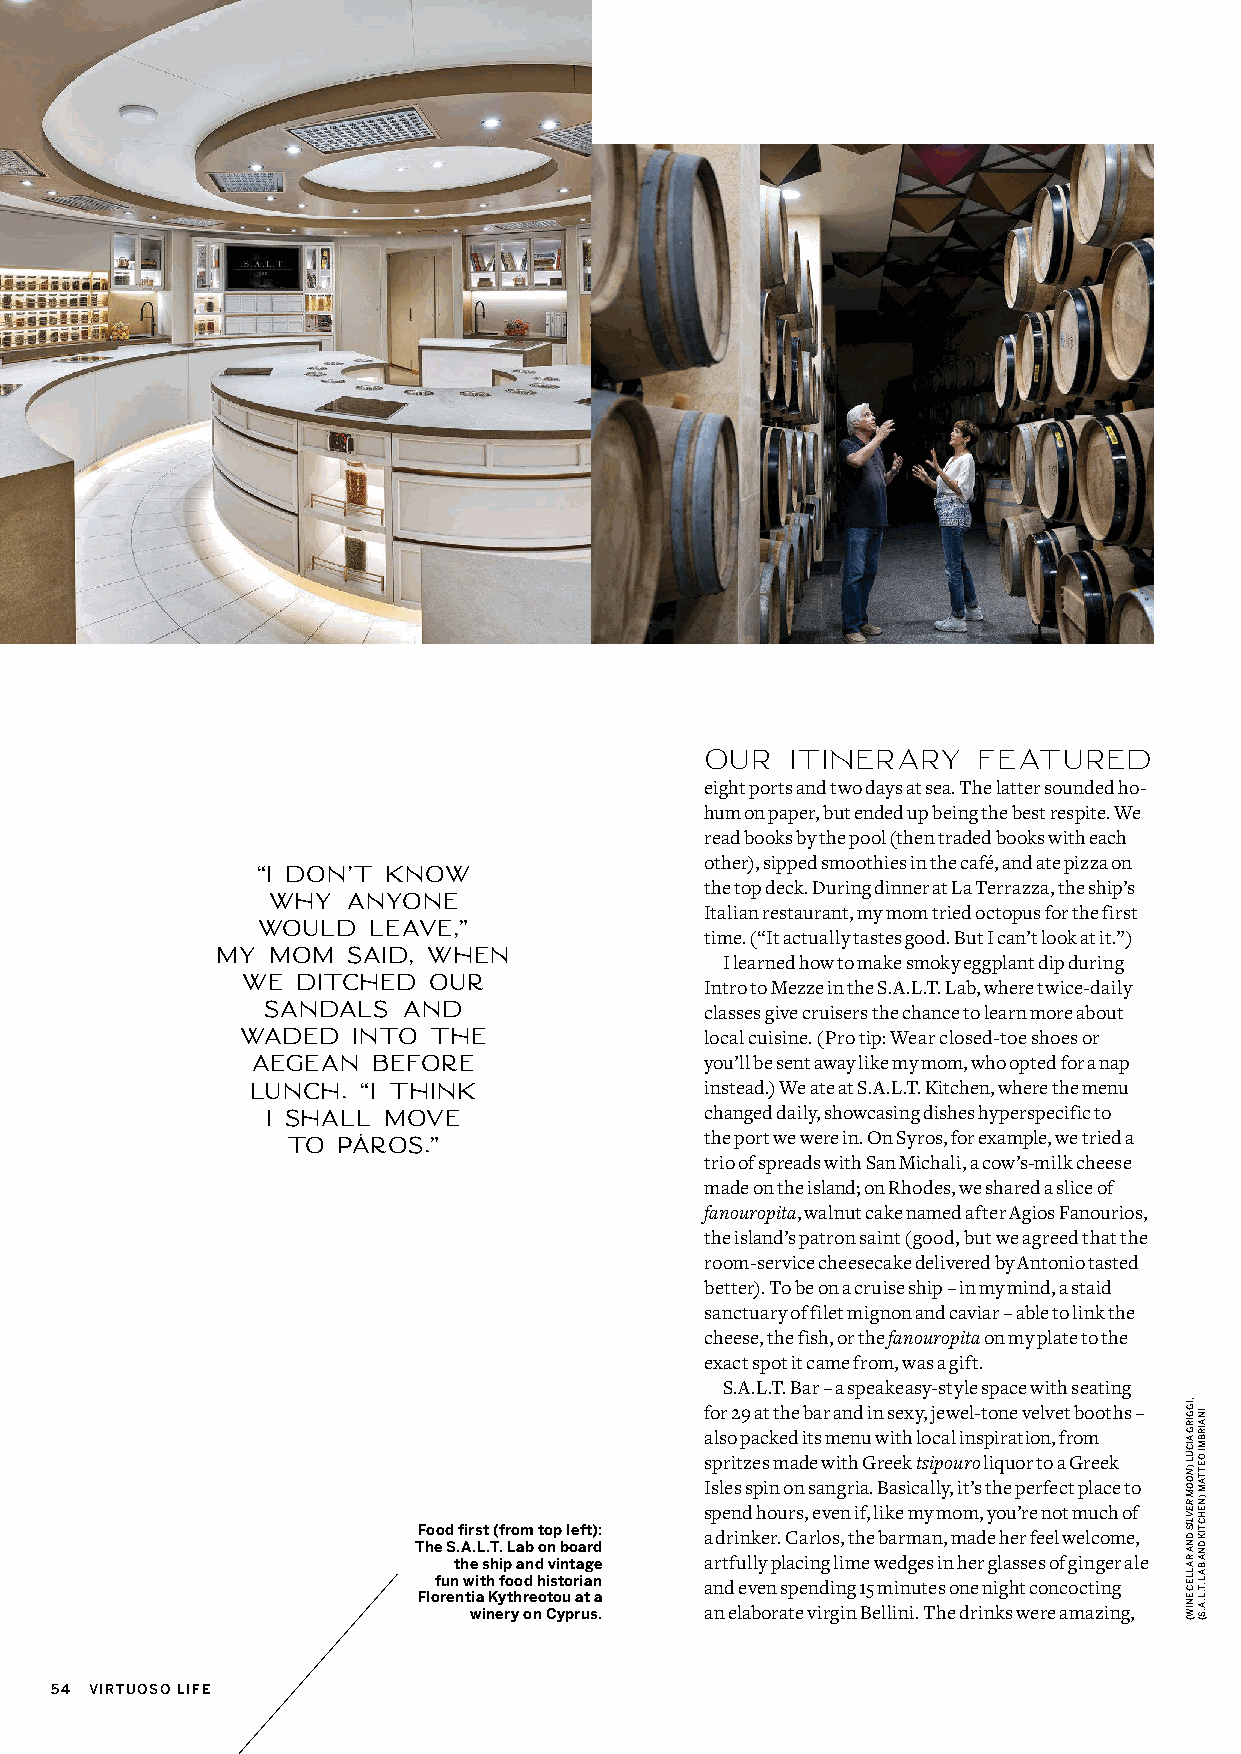
OUR  ITINERARY    FEATURED
 eight ports and two days at sea. The latter sounded ho-
 hum on paper, but ended up being the best respite. We
 read books by the pool (then traded books with each
 “I don’t know                 other), sipped smoothies in the café, and ate pizza on
 why  anyone                  the top deck. During dinner at La Terrazza, the ship’s
 would  leave,”                Italian restaurant, my mom tried octopus for the first
 time. (“It actually tastes good. But I can’t look at it.”)
 my  mom  said, when
 I learned how to make smoky eggplant dip during
 we  ditched our
 Intro to Mezze in the S.A.L.T. Lab, where twice-daily
 sandals   and
 classes give cruisers the chance to learn more about
 waded  into the
 local cuisine. (Pro tip: Wear closed-toe shoes or
 Aegean  before
 you’ll be sent away like my mom, who opted for a nap
 lunch. “I think
 instead.) We ate at S.A.L.T. Kitchen, where the menu
 I shall move                 changed daily, showcasing dishes hyperspecific to
 to PÁros.”                  the port we were in. On Syros, for example, we tried a
 trio of spreads with San Michali, a cow’s-milk cheese
 made on the island; on Rhodes, we shared a slice of
 fanouropita, walnut cake named after Agios Fanourios,
 the island’s patron saint (good, but we agreed that the
 room-service cheesecake delivered by Antonio tasted
 better). To be on a cruise ship – in my mind, a staid
 sanctuary of filet mignon and caviar – able to link the
 cheese, the fish, or the fanouropita on my plate to the
 exact spot it came from, was a gift.
 S.A.L.T. Bar – a speakeasy-style space with seating
 for 29 at the bar and in sexy, jewel-tone velvet booths –
 also packed its menu with local inspiration, from
 spritzes made with Greek tsipouro liquor to a Greek
 Isles spin on sangria. Basically, it’s the perfect place to
 spend hours, even if, like my mom, you’re not much of
 Food first (from top left): a drinker. Carlos, the barman, made her feel welcome,
 The S.A.L.T. Lab on board
 the ship and vintage artfully placing lime wedges in her glasses of ginger ale
 fun with food historian and even spending 15 minutes one night concocting
 Florentia Kythreotou at a
 winery on Cyprus. an elaborate virgin Bellini. The drinks were amazing,
 54 VIRTUOSO LIFE
 ,IGGIRG
 AICUL
 )NOOM
 REVLIS
 DNA
 RALLEC
 ENIW(
 INAIRBMI
 OETTAM
 )NEHCTIK
 DNA
 BAL
 .T.L.A.S(